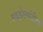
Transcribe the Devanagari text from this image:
हाइड्रोस्कोपिक